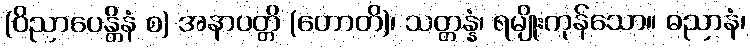
(ဝိညာပေန္တိနံ စ) အနာပတ္တိ (ဟောတိ)၊ သတ္တန္နံ၊ ရမျိုးကုန်သော။ ဓညာနံ၊